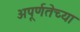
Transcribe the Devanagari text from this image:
अपूर्णतेच्या